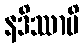
နဒိဿာမိ